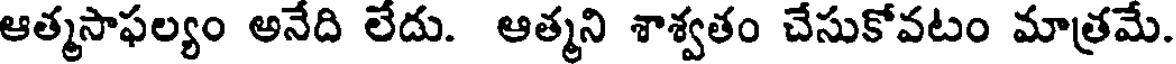
ఆత్మసాఫల్యం అనేది లేదు. ఆత్మని శాశ్వతం చేసుకోవటం మాత్రమే.